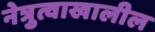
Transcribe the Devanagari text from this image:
नेत्रुत्वाखालील